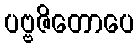
ပဗ္ဗဇိတောပေ